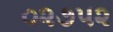
૦૨૭૫૨